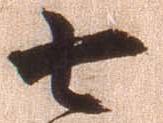
七